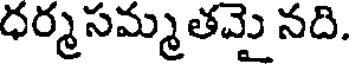
ధర్మసమ్మతమై నది.